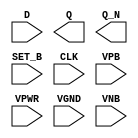
module sky130_fd_sc_ls__dfsbp (
    //# {{data|Data Signals}}
    input  D    ,
    output Q    ,
    output Q_N  ,

    //# {{control|Control Signals}}
    input  SET_B,

    //# {{clocks|Clocking}}
    input  CLK  ,

    //# {{power|Power}}
    input  VPB  ,
    input  VPWR ,
    input  VGND ,
    input  VNB
);
endmodule